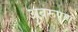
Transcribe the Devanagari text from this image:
अवरूपण